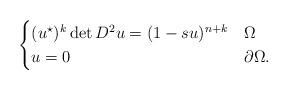
LaTeX: \begin{align*}\begin{cases}(u^{\star})^k\det D^2u = (1-s u)^{n+k} &\Omega\\u=0 &\partial\Omega.\end{cases}\end{align*}